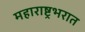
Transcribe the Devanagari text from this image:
महाराष्ट्रभरात